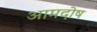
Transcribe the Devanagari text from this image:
आमदोष